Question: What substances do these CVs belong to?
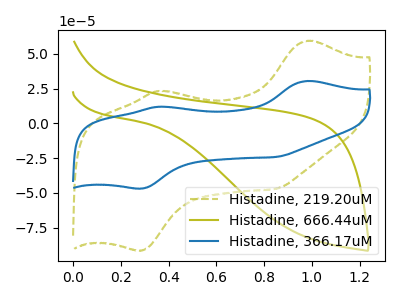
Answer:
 <answer>The olive dashed curve is labeled "Histadine, 219.20uM". The olive curve is labeled "Histadine, 666.44uM". The blue curve is labeled "Histadine, 366.17uM".</answer>
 <eval></eval>